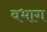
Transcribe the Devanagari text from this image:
वभाग